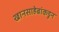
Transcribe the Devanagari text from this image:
खानसाहेबांकडून